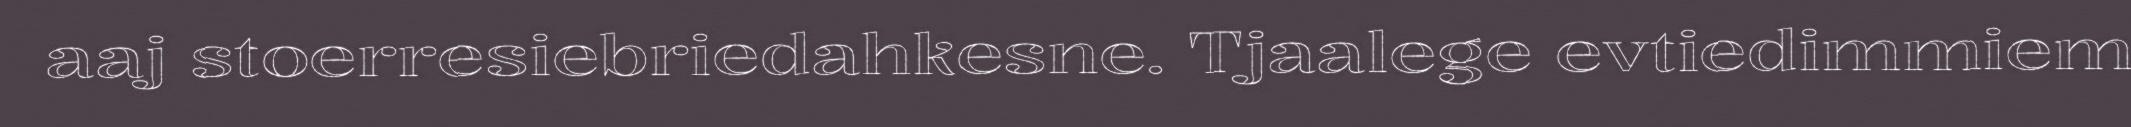
aaj stoerresiebriedahkesne. Tjaalege evtiedimmiem